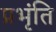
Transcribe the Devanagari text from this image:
प्रभृंति